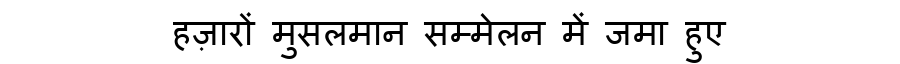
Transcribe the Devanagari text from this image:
हज़ारों मुसलमान सम्मेलन में जमा हुए